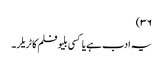
۳۶)
یہ ادب ہے یا کسی بلیو فلم کا ٹریلر۔